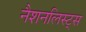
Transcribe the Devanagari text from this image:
नैशनलिस्ट्स